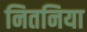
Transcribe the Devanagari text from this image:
नितनिया